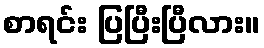
စာရင်း ပြပြီးပြီလား။